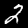
Digit: 2